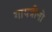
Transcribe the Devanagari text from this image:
गायत्रीनो